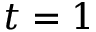
t = 1